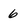
Character: 6